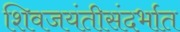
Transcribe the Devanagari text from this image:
शिवजयंतीसंदर्भात